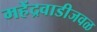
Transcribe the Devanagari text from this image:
महेंद्रवाडीजवळ